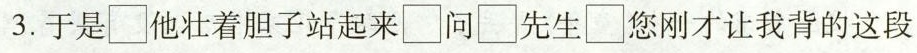
3.于是\Box他壮着胆子站起来\Box问\Box先生\Box您刚才让我背的这段